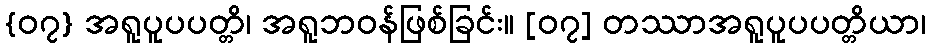
{၀၇} အရူပူပပတ္တိ၊ အရူဘဝန်ဖြစ်ခြင်း။ [၀၇] တဿာအရူပူပပတ္တိယာ၊